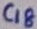
Text: C18